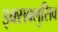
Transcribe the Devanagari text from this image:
इक्सक्लुसिव